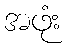
အဖုံး